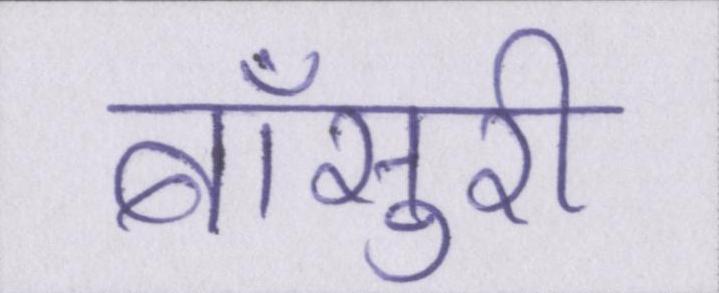
बाँसुरी